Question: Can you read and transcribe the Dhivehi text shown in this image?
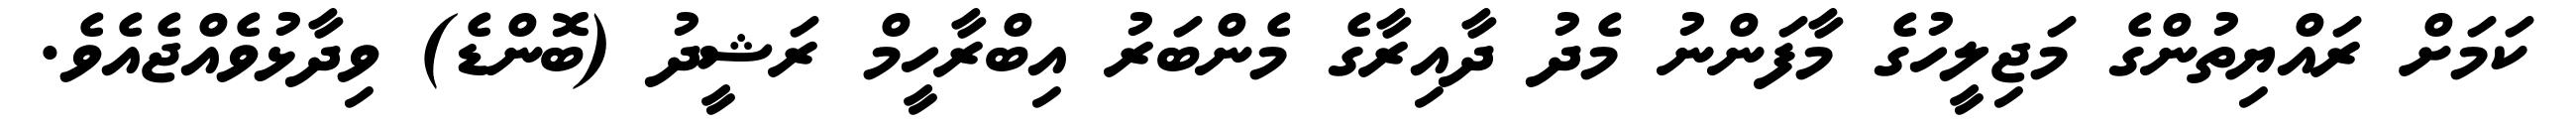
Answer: ކަމަށް ރައްޔިތުންގެ މަޖިލީހުގެ މާފަންނު މެދު ދާއިރާގެ މެންބަރު އިބްރާހީމް ރަޝީދު (ބޮންޑެ) ވިދާޅުވެއްޖެއެވެ.